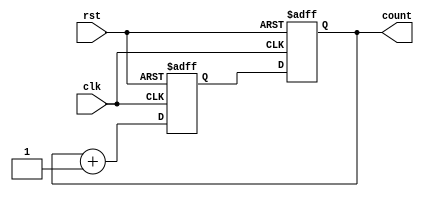
module counter (
    input wire clk,
    input wire rst,
    output reg [3:0] count
);

// Parameter for the number of bits in the counter
parameter BIT_WIDTH = 4;

// Internal signal for the next count value
reg [BIT_WIDTH - 1:0] next_count;

// Synchronous counter logic
always @(posedge clk or posedge rst) begin
    if (rst) begin
        next_count <= 4'b0000;
    end else begin
        next_count <= count + 1;
    end
end

// Output the count value
always @(posedge clk or posedge rst) begin
    if (rst) begin
        count <= 4'b0000;
    end else begin
        count <= next_count;
    end
end

endmodule